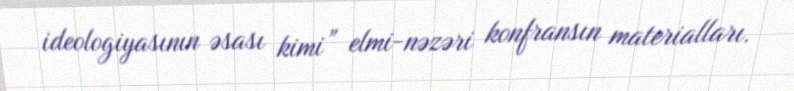
ideologiyasının əsası kimi” elmi-nəzəri konfransın materialları.